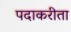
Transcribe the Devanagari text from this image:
पदाकरीता